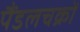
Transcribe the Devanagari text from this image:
पैंडलचक्रों